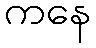
ကနေ